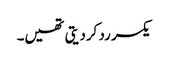
یکسر رد کردیتی تھیں۔